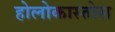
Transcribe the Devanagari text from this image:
होलोकास्तोस